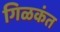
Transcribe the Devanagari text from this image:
गिळकंत